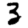
Digit: 3